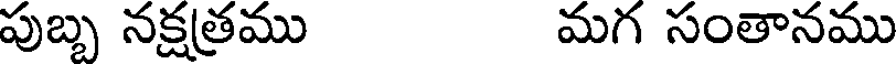
పుబ్బ నక్షత్రము మగ సంతానము